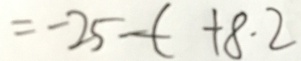
= - 2 5 - ( + 8 . 2